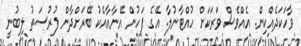
ވާހަކަދެއްކިން. އެއްވެސް ވަރަކަށް ހުއްޓާނުލާ. އޭގެ ފަހުން އޭނާއާއެކު ބޭރަށްދާން ފުރުސަތު ލިބުނީ